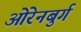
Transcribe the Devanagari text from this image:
ओरेनबुर्ग